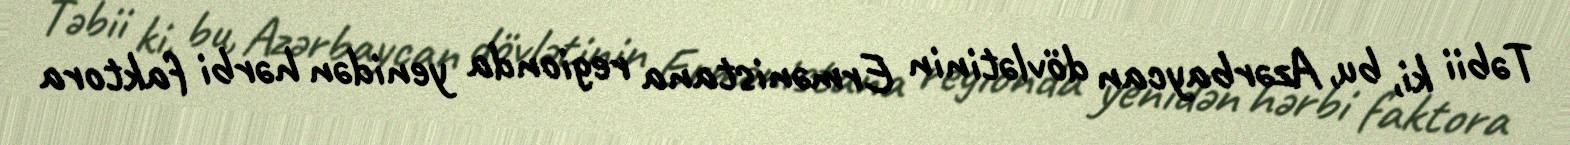
Təbii ki, bu, Azərbaycan dövlətinin Ermənistana regionda yenidən hərbi faktora